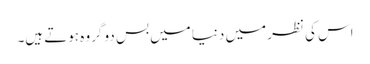
اس کی نظر میں دنیا میں بس دو گروہ ہوتے ہیں۔